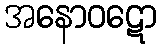
အနောဝဋော